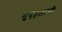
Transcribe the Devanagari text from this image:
मुद्द्पलानी